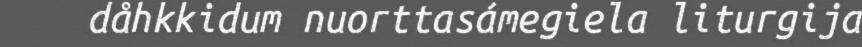
dåhkkidum nuorttasámegiela liturgija